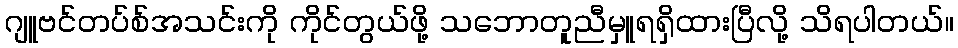
ဂျူဗင်တပ်စ်အသင်းကို ကိုင်တွယ်ဖို့ သဘောတူညီမှူရရှိထားပြီလို့ သိရပါတယ်။